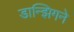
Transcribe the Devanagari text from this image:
डान्झिगने